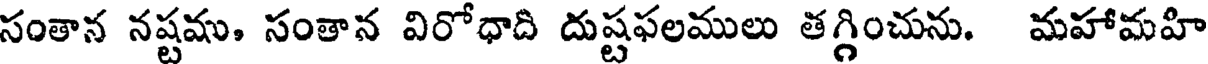
సంతాన నష్టము, సంతాన విరోధాది దుష్టఫలములు తగ్గించును. మహామహి